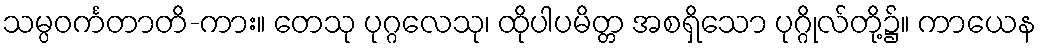
သမ္ပဝင်္ကတာတိ-ကား။ တေသု ပုဂ္ဂလေသု၊ ထိုပါပမိတ္တ အစရှိသော ပုဂ္ဂိုလ်တို့၌။ ကာယေန